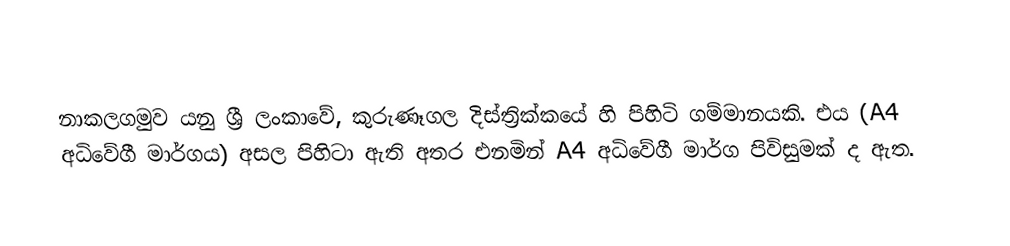
නාකලගමුව යනු ශ්‍රී ලංකාවේ, කුරුණෑගල දිස්ත්‍රික්කයේ හි පිහිටි ගම්මානයකි. එය (A4 අධිවේගී මාර්ගය) අසල පිහිටා ඇති අතර එනමින් A4 අධිවේගී මාර්ග පිවිසුමක් ද ඇත.